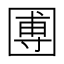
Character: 圑